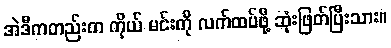
အဲဒီကတည်းက ကိုယ် မင်းကို လက်ထပ်ဖို့ ဆုံးဖြတ်ပြီးသား။